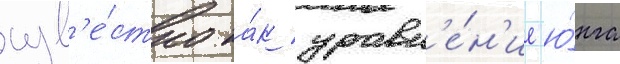
изв'е́стно ка́к уравн'е́н'ие ю́нга